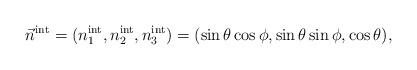
LaTeX: \begin{align*}\vec{n}^{\rm int} =(n_{1}^{\rm int},n_{2}^{\rm int},n_{3}^{\rm int})=(\sin\theta\cos\phi,\sin\theta\sin\phi,\cos\theta),\end{align*}